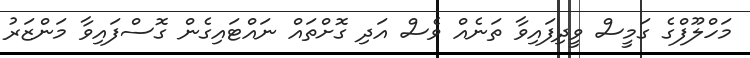
މަހްލޫފްގެ ގަމީސް ވީދިފައިވާ ތަނެއް ވެސް އަދި ގޮށްތައް ނައްޓައިގެން ގޮސްފައިވާ މަންޒަރު